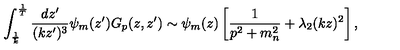
\int _ { \frac { 1 } { k } } ^ { \frac { 1 } { T } } { \frac { d z ^ { \prime } } { ( k z ^ { \prime } ) ^ { 3 } } } \psi _ { m } ( z ^ { \prime } ) G _ { p } ( z , z ^ { \prime } ) \sim \psi _ { m } ( z ) \left[ { \frac { 1 } { p ^ { 2 } + m _ { n } ^ { 2 } } } + { \lambda _ { 2 } } ( k z ) ^ { 2 } \right] ,